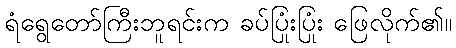
ရံရွေတော်ကြီးဘူရင်းက ခပ်ပြုံးပြုံး ဖြေလိုက်၏။